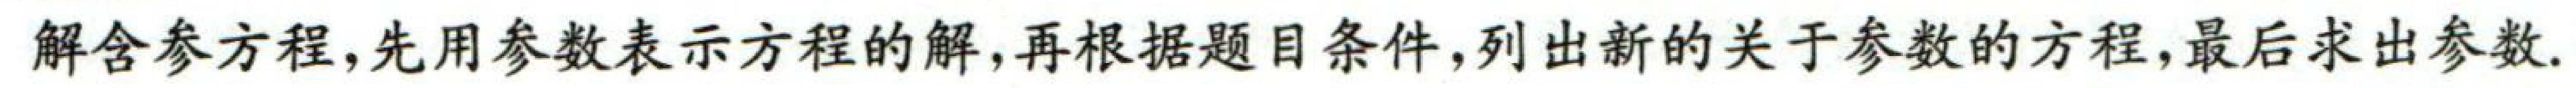
解含参方程,先用参数表示方程的解,再根据题目条件,列出新的关于参数的方程,最后求出参数.